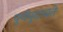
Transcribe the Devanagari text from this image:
पूर्णमुदच्यते